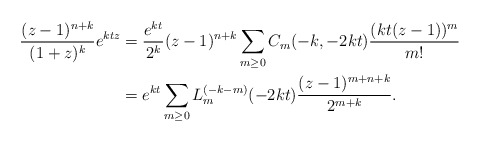
\begin{align*}\frac{(z-1)^{n+k}}{(1+z)^k}e^{ktz} & = \frac{e^{kt}}{2^k} (z-1)^{n+k}\sum_{m \geq 0}C_m(-k,-2kt)\frac{(kt(z-1))^m}{m!}\\& = e^{kt} \sum_{m \geq 0}L_{m}^{(-k-m)}(-2kt)\frac{(z-1)^{m+n+k}}{2^{m+k}}.\end{align*}